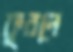
ফুরলে